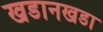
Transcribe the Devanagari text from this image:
खडानखडा